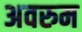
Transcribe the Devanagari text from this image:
अवरुम